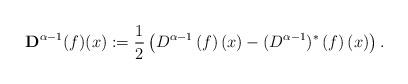
LaTeX: \begin{align*}\mathbf{D}^{\alpha-1}(f)(x) :=\frac{1}{2}\left(D^{\alpha-1}\left(f\right)(x)-(D^{\alpha-1})^*\left(f\right)(x)\right) .\end{align*}